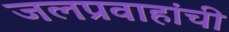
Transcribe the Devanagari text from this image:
जलप्रवाहांची